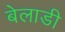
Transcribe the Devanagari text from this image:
बेलाडी